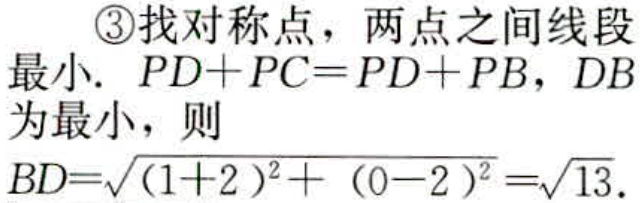
\textcircled{3}找对称点，两点之间线段最小. \(PD + PC = PD + PB\)，\(DB\)为最小，则
\(BD = \sqrt{(1 + 2)^2+(0 - 2)^2}=\sqrt{13}\).